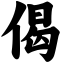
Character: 偈